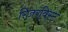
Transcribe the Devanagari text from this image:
रिज़रविस्ट